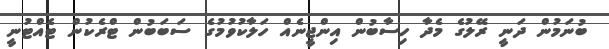
ބުނަމުން ދަނީ ރޭލުގެ މެދާ ހިސާބުން އިންޖީނެއް ހަލާކުވުމުގެ ސަބަބުން ޓްރެކުން ޓެއްޓުނީ